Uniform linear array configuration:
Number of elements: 64
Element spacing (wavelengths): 0.25
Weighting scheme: binomial
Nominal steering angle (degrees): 30
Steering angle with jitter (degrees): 28.807
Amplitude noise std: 0.05
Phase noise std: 0.05

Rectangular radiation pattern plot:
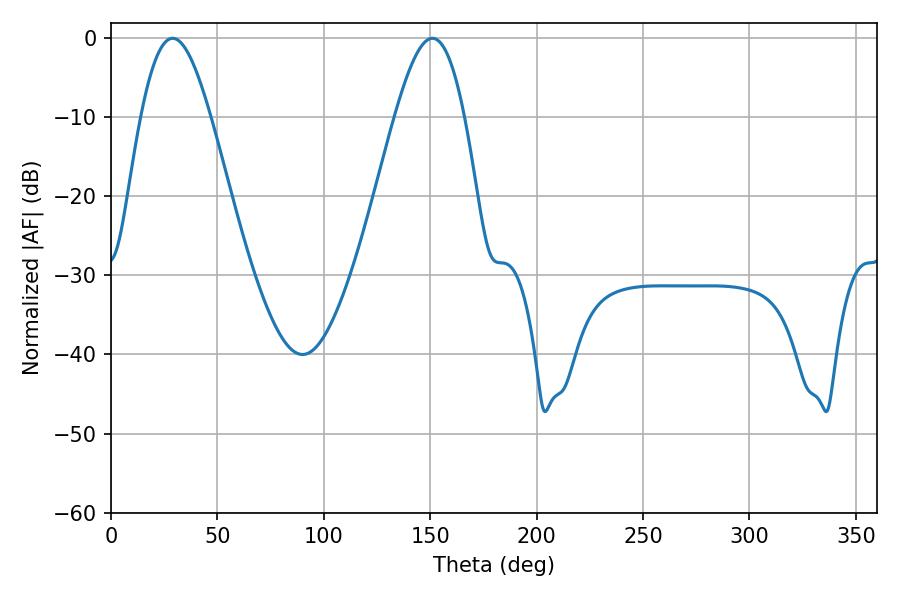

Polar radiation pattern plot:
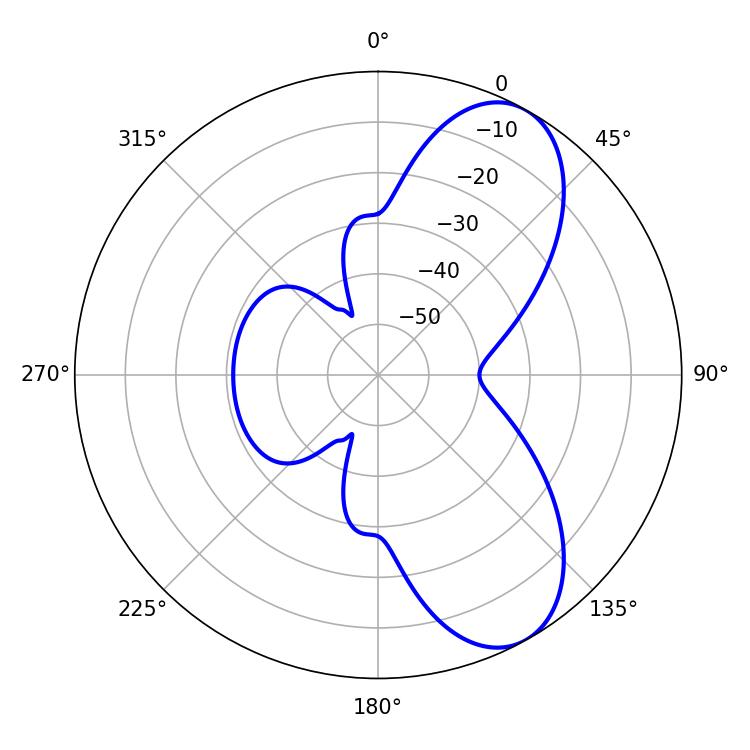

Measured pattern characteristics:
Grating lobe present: FALSE
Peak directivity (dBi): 7.821
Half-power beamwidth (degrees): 17.64
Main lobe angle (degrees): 28.98